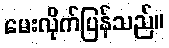
မေးလိုက်ပြန်သည်။